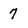
Character: 7